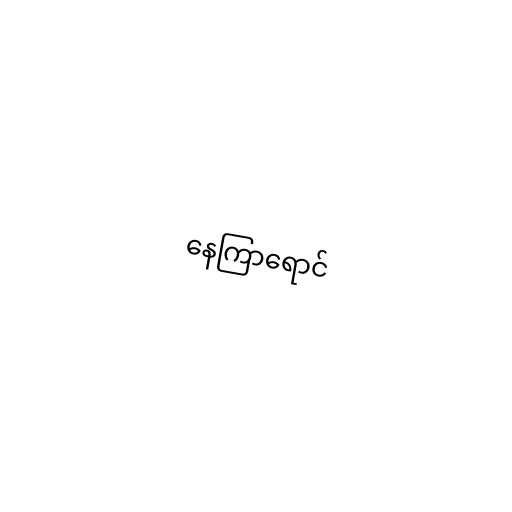
နေကြာရောင်